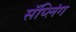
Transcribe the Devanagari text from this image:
सॅप्लिंग